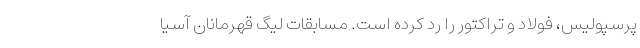
پرسپولیس، فولاد و تراکتور را رد کرده است. مسابقات لیگ قهرمانان آسیا